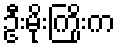
ဦးမိုးကြိုးက